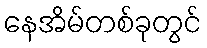
နေအိမ်တစ်ခုတွင်